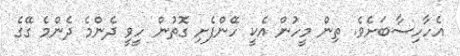
އެހާހިސާބަށެވެ. ތިން މީހުން އެކީ ހޭންފެށި ގޮތުން ހީވީ ދެންމެ ދެންމެ ގޭގެ